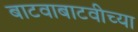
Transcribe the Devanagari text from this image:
बाटवाबाटवीच्या